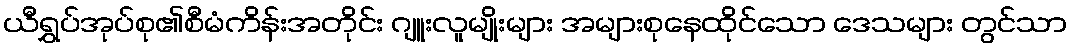
ယီရွှပ်အုပ်စု၏စီမံကိန်းအတိုင်း ဂျူးလူမျိုးများ အများစုနေထိုင်သော ဒေသများ တွင်သာ